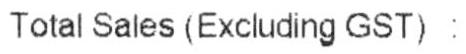
TOTAL SALES (EXCLUDING GST) :